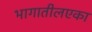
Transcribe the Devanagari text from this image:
भागातीलएका